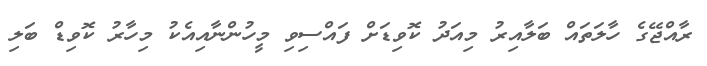
ރާއްޖޭގެ ހާލަތައް ބަލާއިރު މިއަދު ކޮވިޑަށް ފައްސިވި މީހުންނާއިއެކު މިހާރު ކޮވިޑް ބަލި